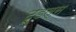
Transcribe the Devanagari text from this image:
टू्डल्स